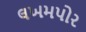
લખમપોર